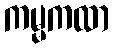
ကမ္မကထာ